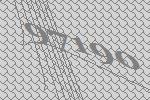
97190